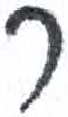
אות: ר